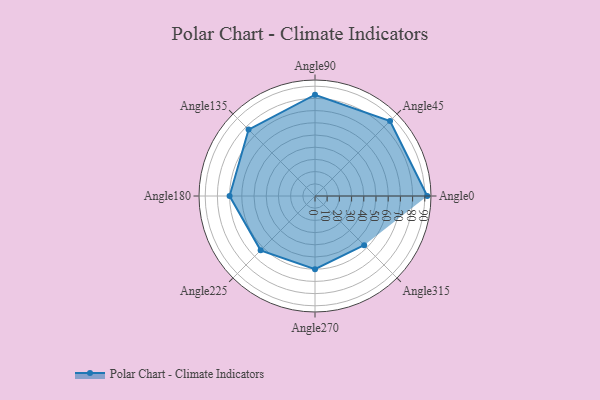
{"axis": {"x": "Angle", "y": "Radius"}, "legend": [""], "data": [{"x": "Angle0", "y": 92.0, "type": ""}, {"x": "Angle45", "y": 87.0, "type": ""}, {"x": "Angle90", "y": 83.0, "type": ""}, {"x": "Angle135", "y": 77.0, "type": ""}, {"x": "Angle180", "y": 70.0, "type": ""}, {"x": "Angle225", "y": 63.0, "type": ""}, {"x": "Angle270", "y": 60.0, "type": ""}, {"x": "Angle315", "y": 57.0, "type": ""}]}